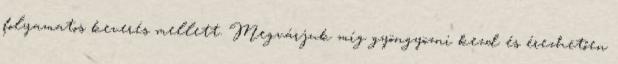
folyamatos keverés mellett. Megvárjuk míg gyöngyözni kezd és érezhetően